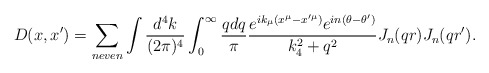
\begin{align*}D(x,x')=\sum_{n even}\int {d^4 k\over (2\pi)^4}\int_0^\infty {q dq\over \pi} {e^{ik_\mu (x^\mu-x'^\mu)} e^{in(\theta-\theta')}\over k_4^2 + q^2} J_n(q r) J_n(q r').\end{align*}